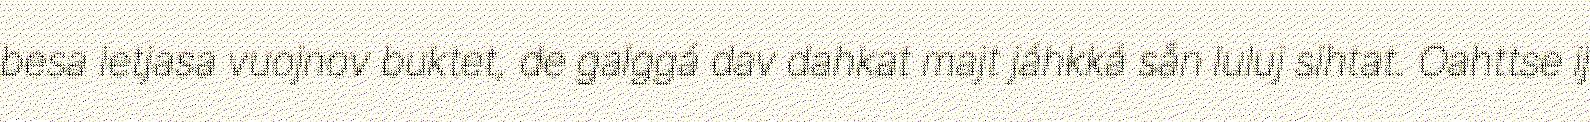
besa ietjasa vuojnov buktet, de galggá dav dahkat majt jáhkká sån luluj sihtat. Oahttse ij